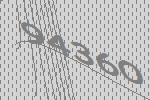
94360